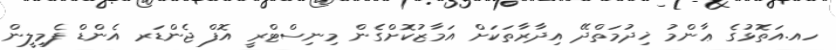
ހއ.އަތޮޅުގެ ޢާންމު ޚިދުމަތްދޭ އިދާރާތަކަށް އަމާޒުކޮށްގެން މިނިސްޓްރީ އޮފް ޖެންޑަރ އެންޑް ފެމިލީން